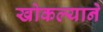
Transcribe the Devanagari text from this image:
खोकल्याने